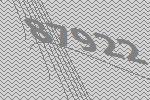
87922